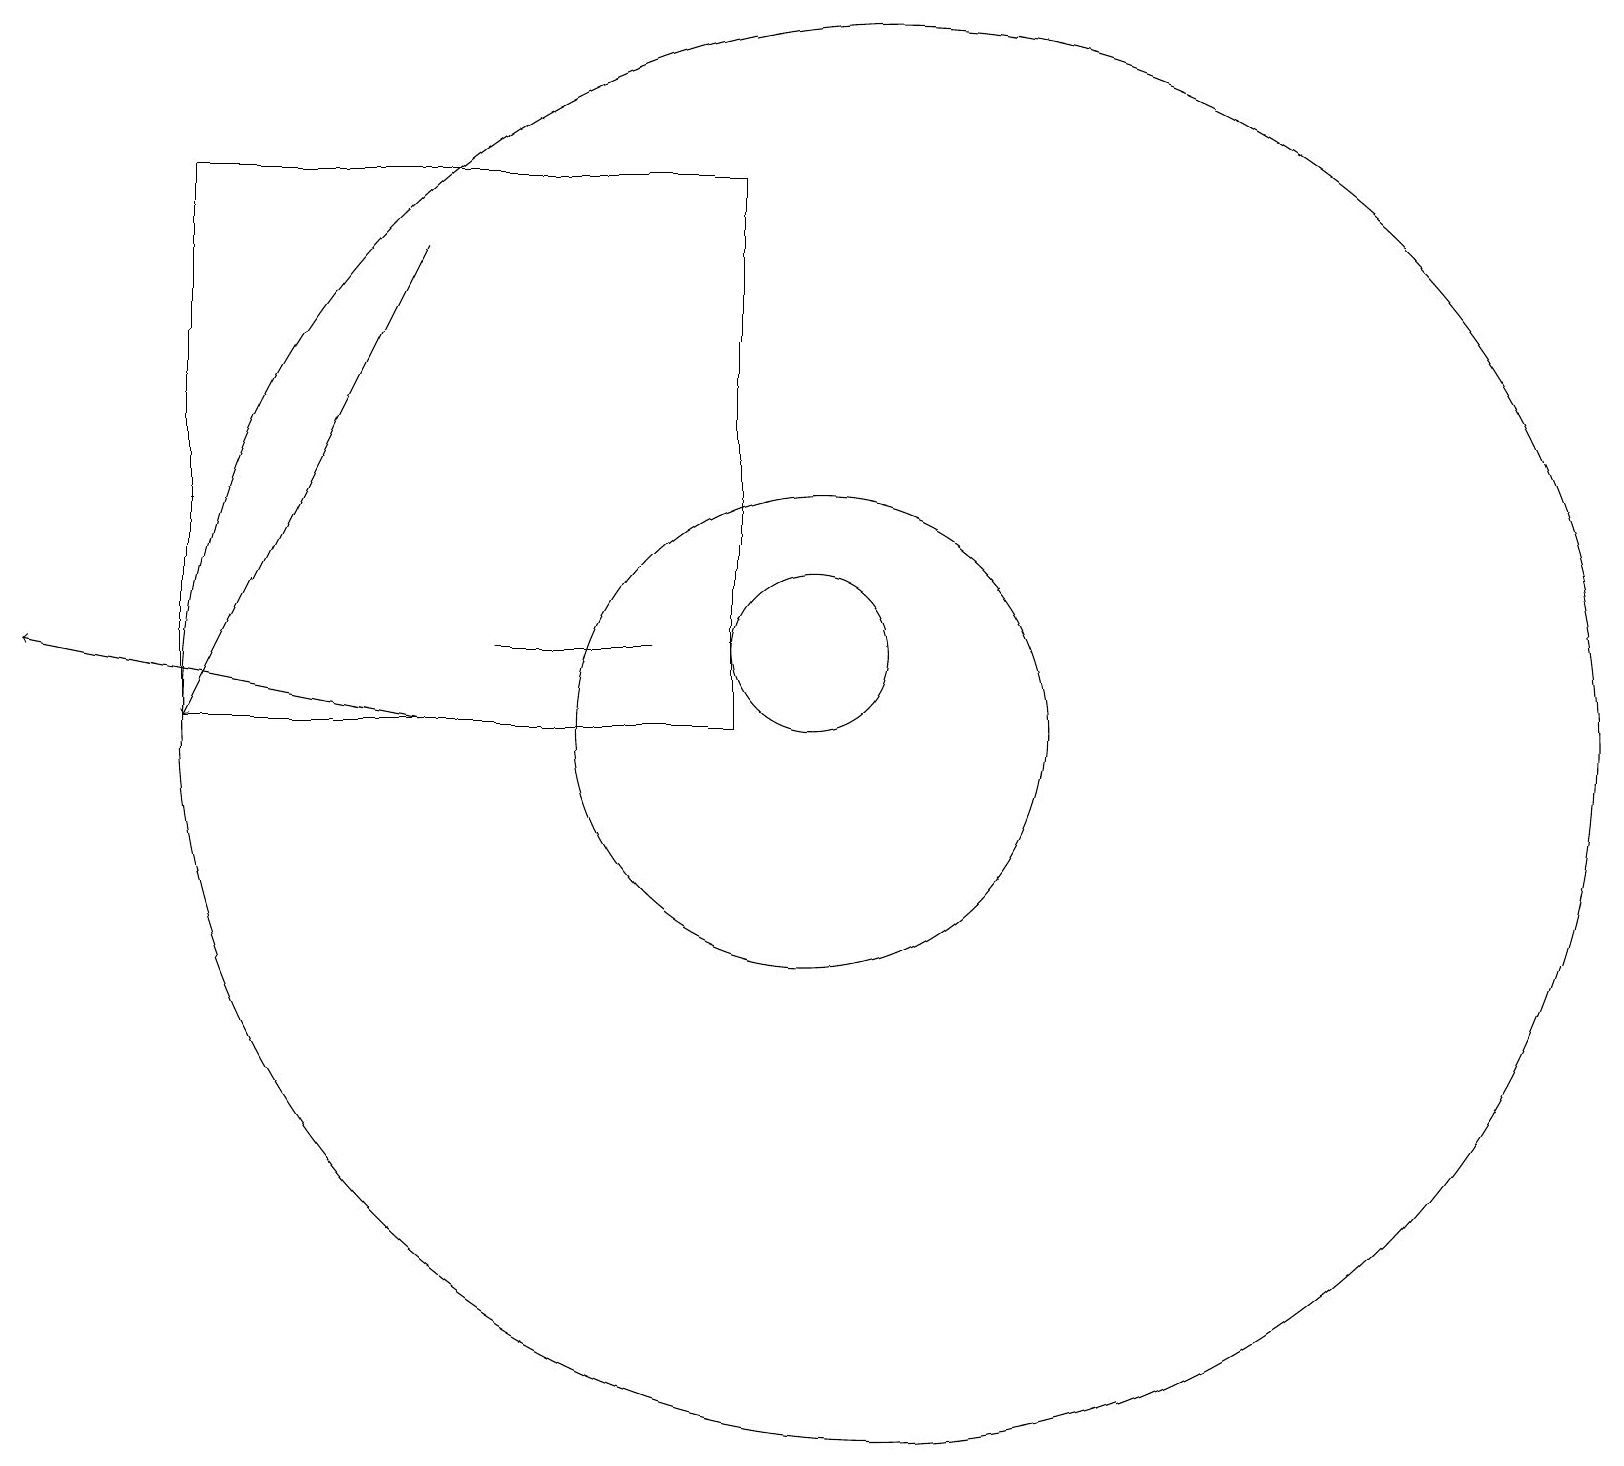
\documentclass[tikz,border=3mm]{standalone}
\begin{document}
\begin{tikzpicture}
\draw (10,11) circle (1);
\draw (10,10) circle (3);
\draw[->] (5,16) -- (2,10);
\draw (11,10) circle (9);
\draw (9,17) rectangle (2,10);
\draw[->] (5,10) -- (0,11);
\draw (8,11) rectangle (6,11);
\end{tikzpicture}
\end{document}